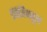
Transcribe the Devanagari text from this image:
बिहिस्तून